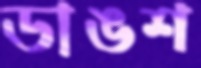
ডাঙশ